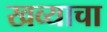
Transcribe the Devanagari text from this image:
खव्याचा